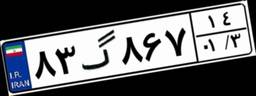
۸۳گ۸۶۷۱۴